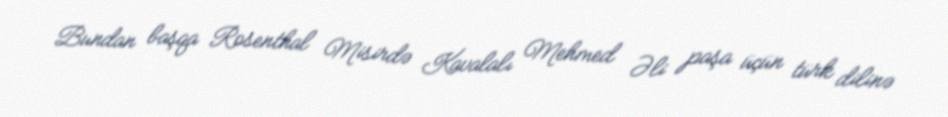
Bundan başqa Rosenthal Misirdə Kavalalı Mehmed Əli paşa üçün türk dilinə